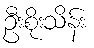
ဦးစိုးသိန်း